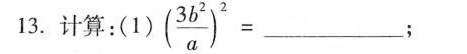
13.计算：(1) $$( \frac { 3 b ^ { 2 } } { a } ) ^ { 2 } = ___ $$；